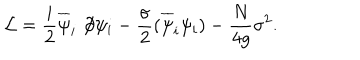
LaTeX: { \cal L } = \frac { i } 2 \overline { { \psi } } _ { i } \not \! \partial \psi _ { i } - \frac { \sigma } 2 ( \overline { { \psi } } _ { i } \psi _ { i } ) - \frac { N } { 4 g } \sigma ^ { 2 } .